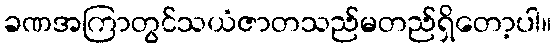
ခဏအကြာတွင်သယံဇာတသည်မတည်ရှိတော့ပါ။